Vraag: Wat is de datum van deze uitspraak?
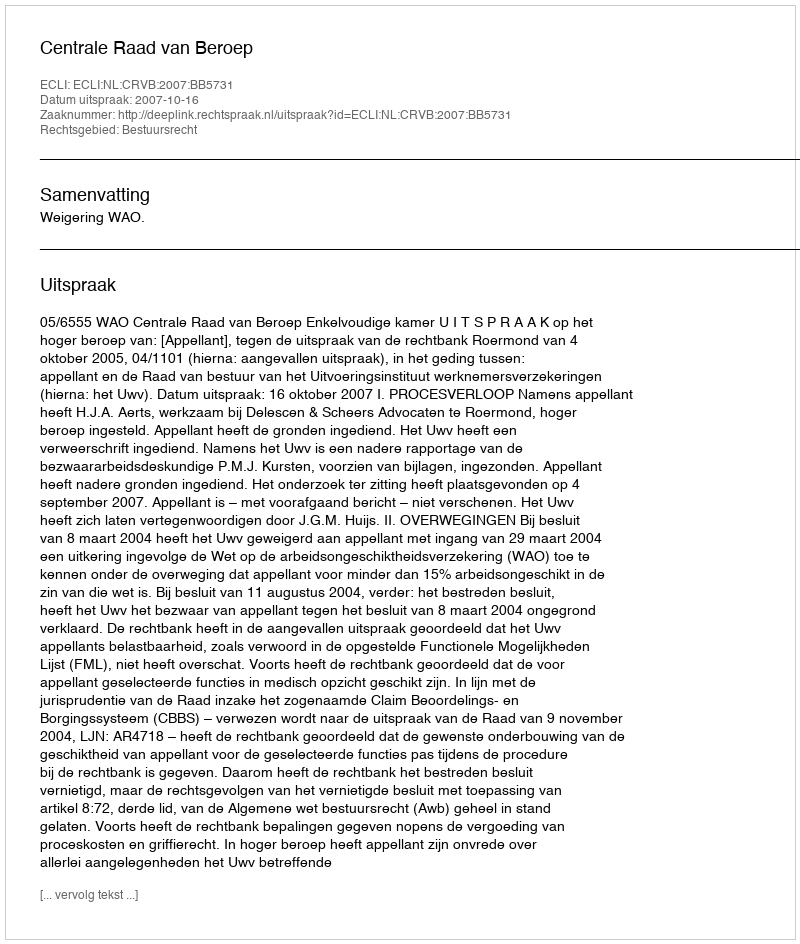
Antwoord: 2007-10-16